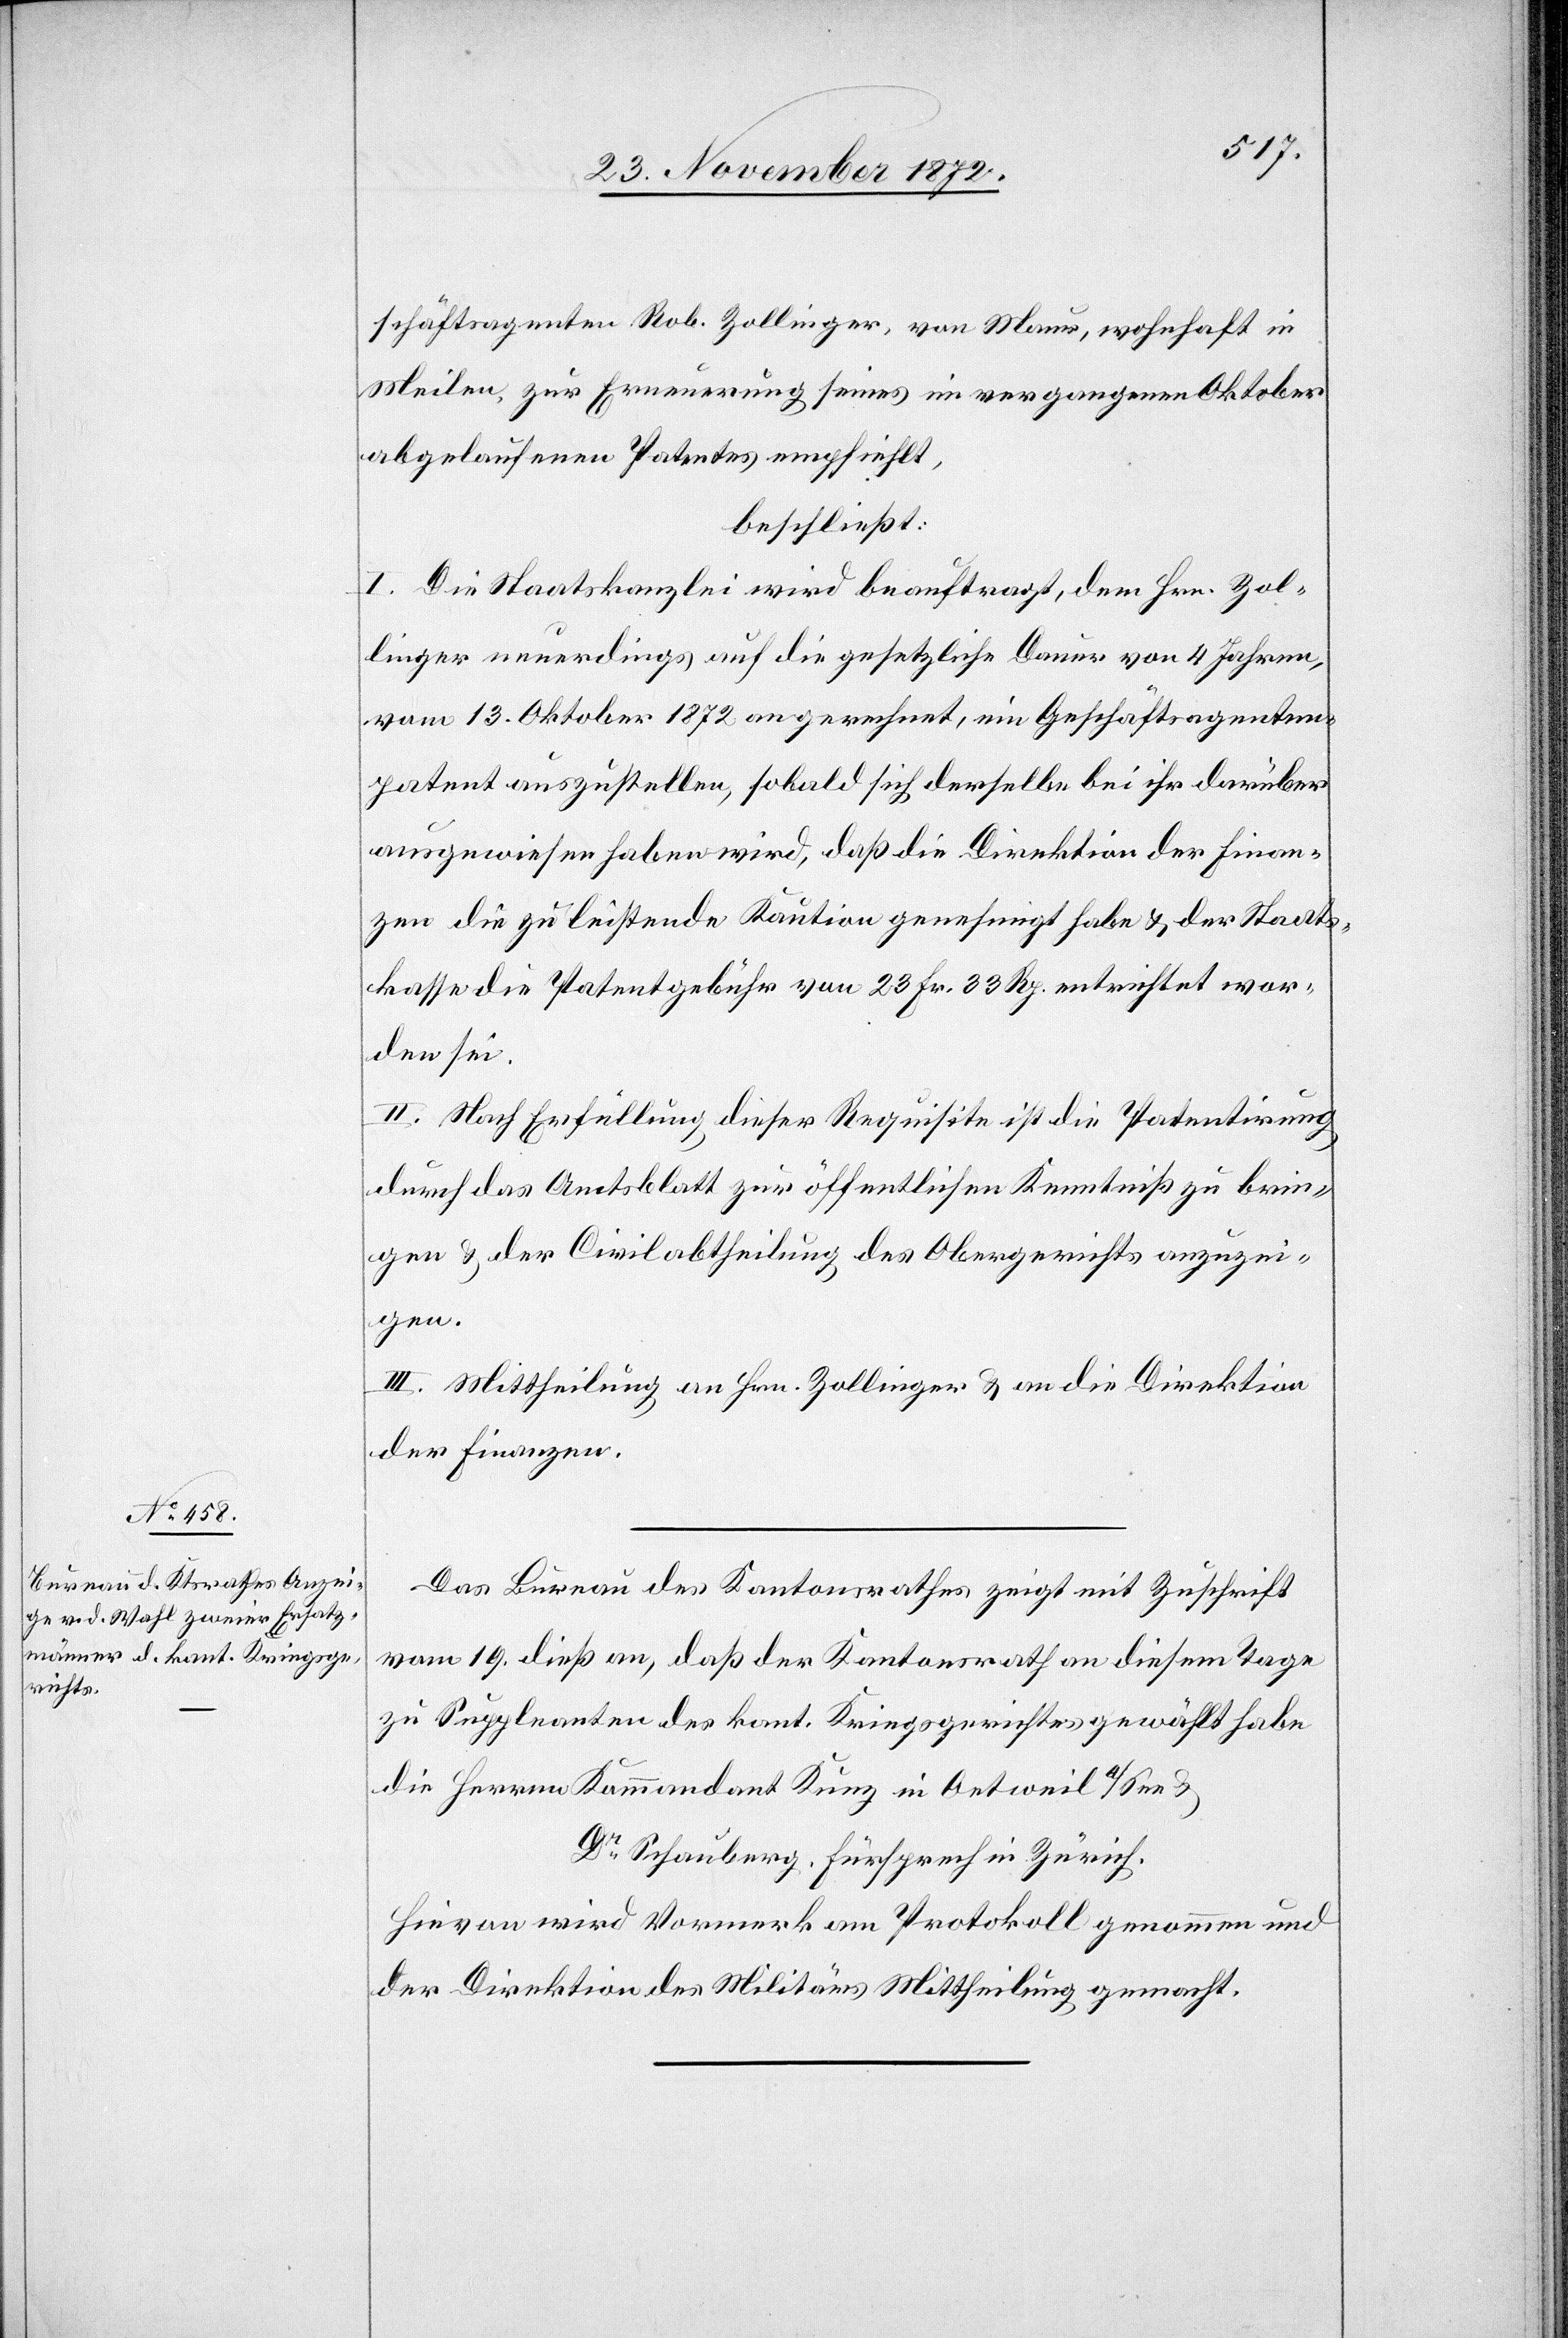
schäftsagenten Rob. Zollinger, von Maur, wohnhaft in
Meilen, zur Erneuerung seines im vergangenen Oktober
abgelaufenen Patentes empfiehlt,
beschließt:
I. Die Staatskanzlei wird beauftragt, dem Hrn. Zol¬
linger neuerdings auf die gesetzliche Dauer von 4 Jahren,
vom 13. Oktober 1872 an gerechnet, ein Geschäftsagenten¬
patent auszustellen, sobald sich derselbe bei ihr darüber
ausgewiesen haben wird, daß die Direktion der Finan¬
zen die zu leistende Kaution genehmigt habe u. der Staats¬
kasse die Patentgebühr von 23 Fr. 33 Rp. entrichtet wor¬
den sei.
II. Nach Erfüllung dieser Requisite ist die Patentirung
durch das Amtsblatt zur öffentlichen Kenntniß zu brin¬
gen u. der Civilabtheilung des Obergerichts anzuzei¬
gen.
III. Mittheilung an Hrn. Zollinger u. an die Direktion
der Finanzen.
Das Bureau des Kantonsrathes zeigt mit Zuschrift
vom 19. dieß an, daß der Kantonsrath an diesem Tage
zu Suppleanten des kant. Kriegsgerichtes gewählt habe
die Herren Kommandant Kunz in Oetweil a/See
Dr Schauberg, Fürsprech in Zürich.
Hievon wird Vormerk am Protokoll genommen und
der Direktion des Militärs Mittheilung gemacht.